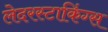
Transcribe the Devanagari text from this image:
लेदरस्टाकिंग्स